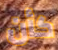
كأن